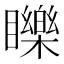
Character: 䁻